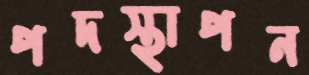
পদস্থাপন